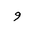
Letter: _waw